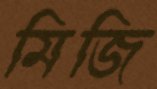
মিজি